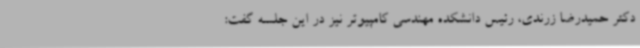
دکتر حمیدرضا زرندی، رئیس دانشکده مهندسی کامپیوتر نیز در این جلسه گفت: